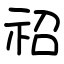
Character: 祒